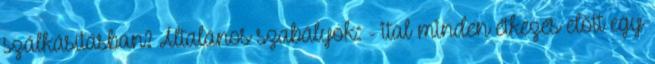
szálkásításban? Általános szabályok: - ital minden étkezés előtt egy